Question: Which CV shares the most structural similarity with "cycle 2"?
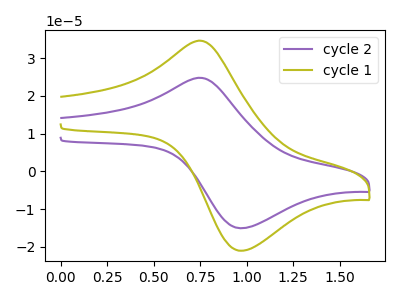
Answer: <think>The purple curve "cycle 2" has an anodic peak at (0.75V, 24.80uA) and a cathodic peak at (1.00V, -15.05uA). The olive curve "cycle 1" has an anodic peak at (0.75V, 34.65uA) and a cathodic peak at (1.00V, -21.00uA).
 All the peaks in "cycle 2" have a peak in "cycle 1" at the same potential. Every peak in "cycle 2" is lower than every peak in "cycle 1".</think>
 <answer>The CV with the most similar shape to "cycle 1" is "cycle 2".</answer>
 <eval>"cycle 2"</eval>